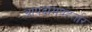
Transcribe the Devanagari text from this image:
आपदामपहर्तारं